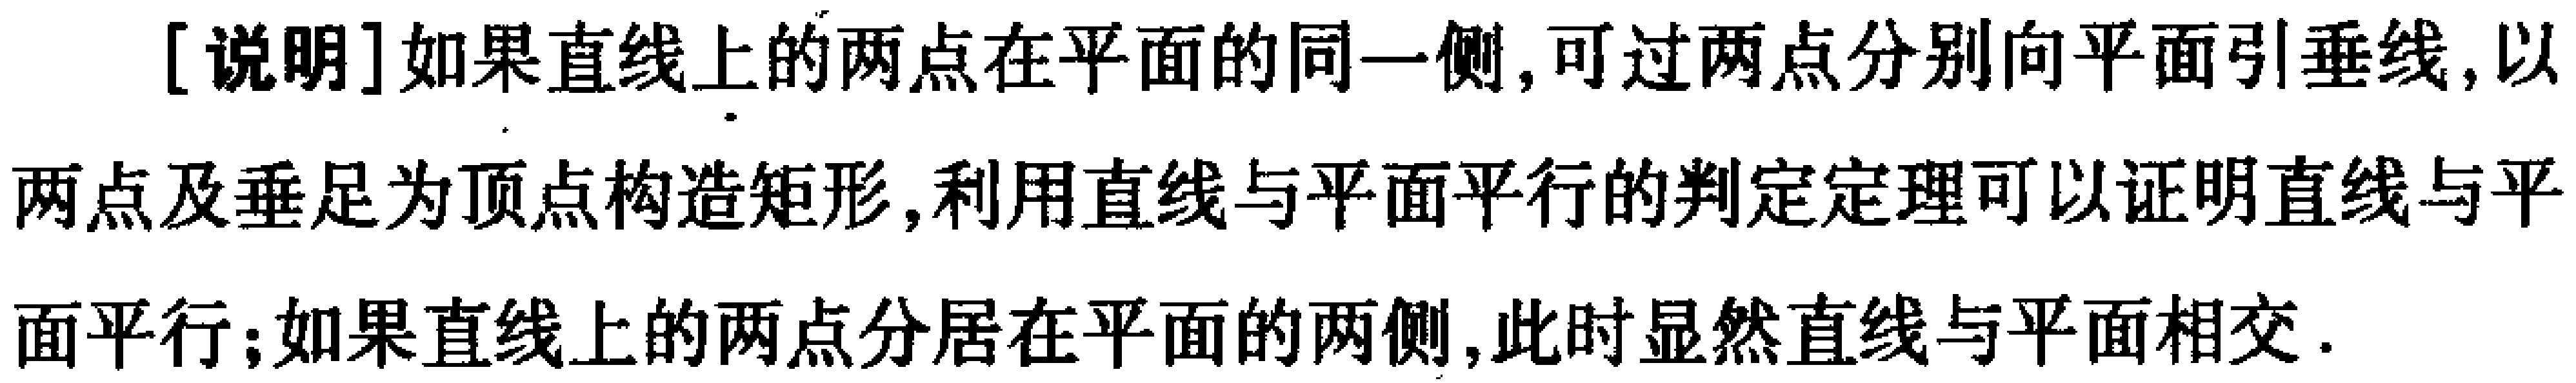
[说明]如果直线上的两点在平面的同一侧,可过两点分别向平面引垂线,以两点及垂足为顶点构造矩形,利用直线与平面平行的判定定理可以证明直线与平面平行;如果直线上的两点分居在平面的两侧,此时显然直线与平面相交.